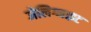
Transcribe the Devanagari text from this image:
जेलिग्नाइट